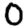
Digit: 0